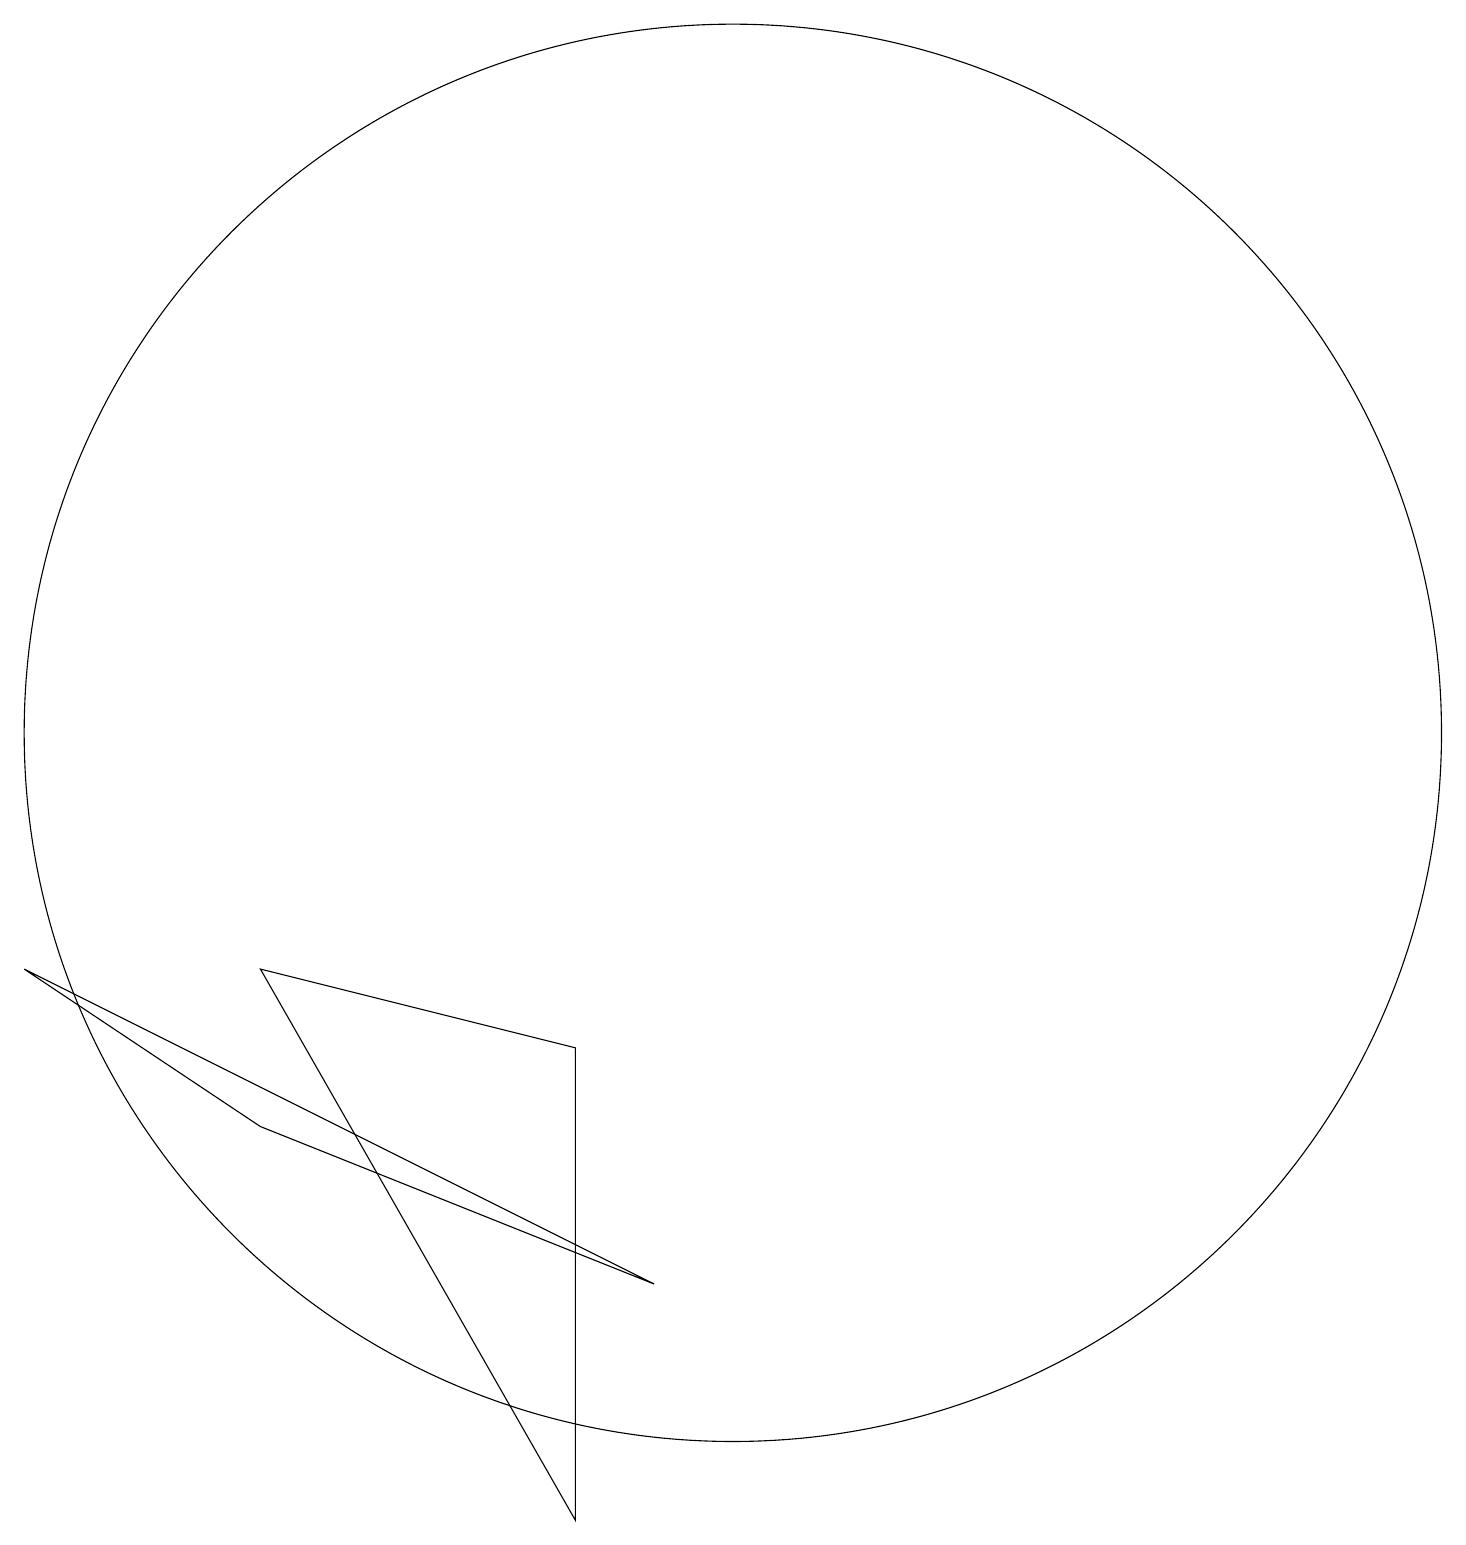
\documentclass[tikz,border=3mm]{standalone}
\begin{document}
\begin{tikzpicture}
\draw (1,7) -- (9,3) -- (4,5) -- cycle;
\draw (10,10) circle (9);
\draw (4,7) -- (8,0) -- (8,6) -- cycle;
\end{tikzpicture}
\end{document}